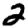
Digit: 2